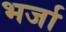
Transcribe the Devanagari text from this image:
भर्जा